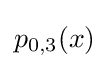
p_{0,3}(x)